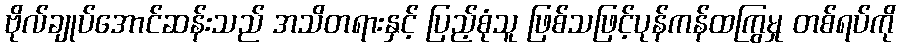
ဗိုလ်ချုပ်အောင်ဆန်းသည် အသိတရားနှင့် ပြည့်စုံသူ ဖြစ်သဖြင့်ပုန်ကန်ထကြွမှု တစ်ရပ်ကို